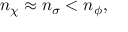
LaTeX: n _ { \chi } \approx n _ { \sigma } < n _ { \phi } ,